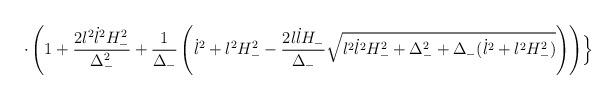
LaTeX: \begin{align*}\cdot \left( 1+\frac{2l^{2}\dot{l}^{2}H_{-}^{2}}{\Delta_{-}^{2}}+\frac{1}{\Delta_{-}}\left( \dot{l}^{2}+l^{2}H_{-}^{2}-\frac{2l\dot{l}H_{-}}{\Delta_{-}} \sqrt{l^{2}\dot{l}^{2}H_{-}^{2}+\Delta_{-}^{2}+\Delta_{-} (\dot{l}^{2} +l^{2}H_{-}^{2})}\right)\right) \Bigr\}\end{align*}